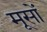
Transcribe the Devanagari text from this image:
मूसों